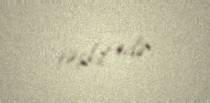
təşkil edir.